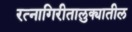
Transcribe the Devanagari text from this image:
रत्‍नागिरीतालुक्यातील